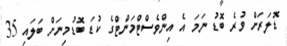
ޑޮލަރަށް ވުރެ ބޮޑު ނަމަ އެ އިންވެސްޓްމަންޓްގެ ކުޑަ ބޮޑުމިނަށް ބަލައި 35